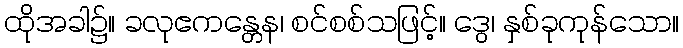
ထိုအခါ၌။ ခလုဧကန္တေန၊ စင်စစ်သဖြင့်။ ဒွေ၊ နှစ်ခုကုန်သော။